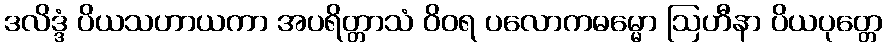
ဒလိဒ္ဒံ ပိယသဟာယကာ အပရိတ္တာသံ ဝိဝရ ပလောကဓမ္မော ဩဟီနာ ပိယပုတ္တေ